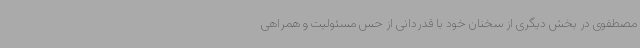
مصطفوی در بخش دیگری از سخنان خود با قدردانی از حس مسئولیت و همراهی